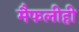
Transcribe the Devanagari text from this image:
मैफलीही